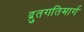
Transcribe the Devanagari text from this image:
द्रुतगतिमार्ग